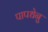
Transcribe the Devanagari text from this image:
पापधेनु